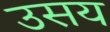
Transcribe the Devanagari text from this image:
उसय